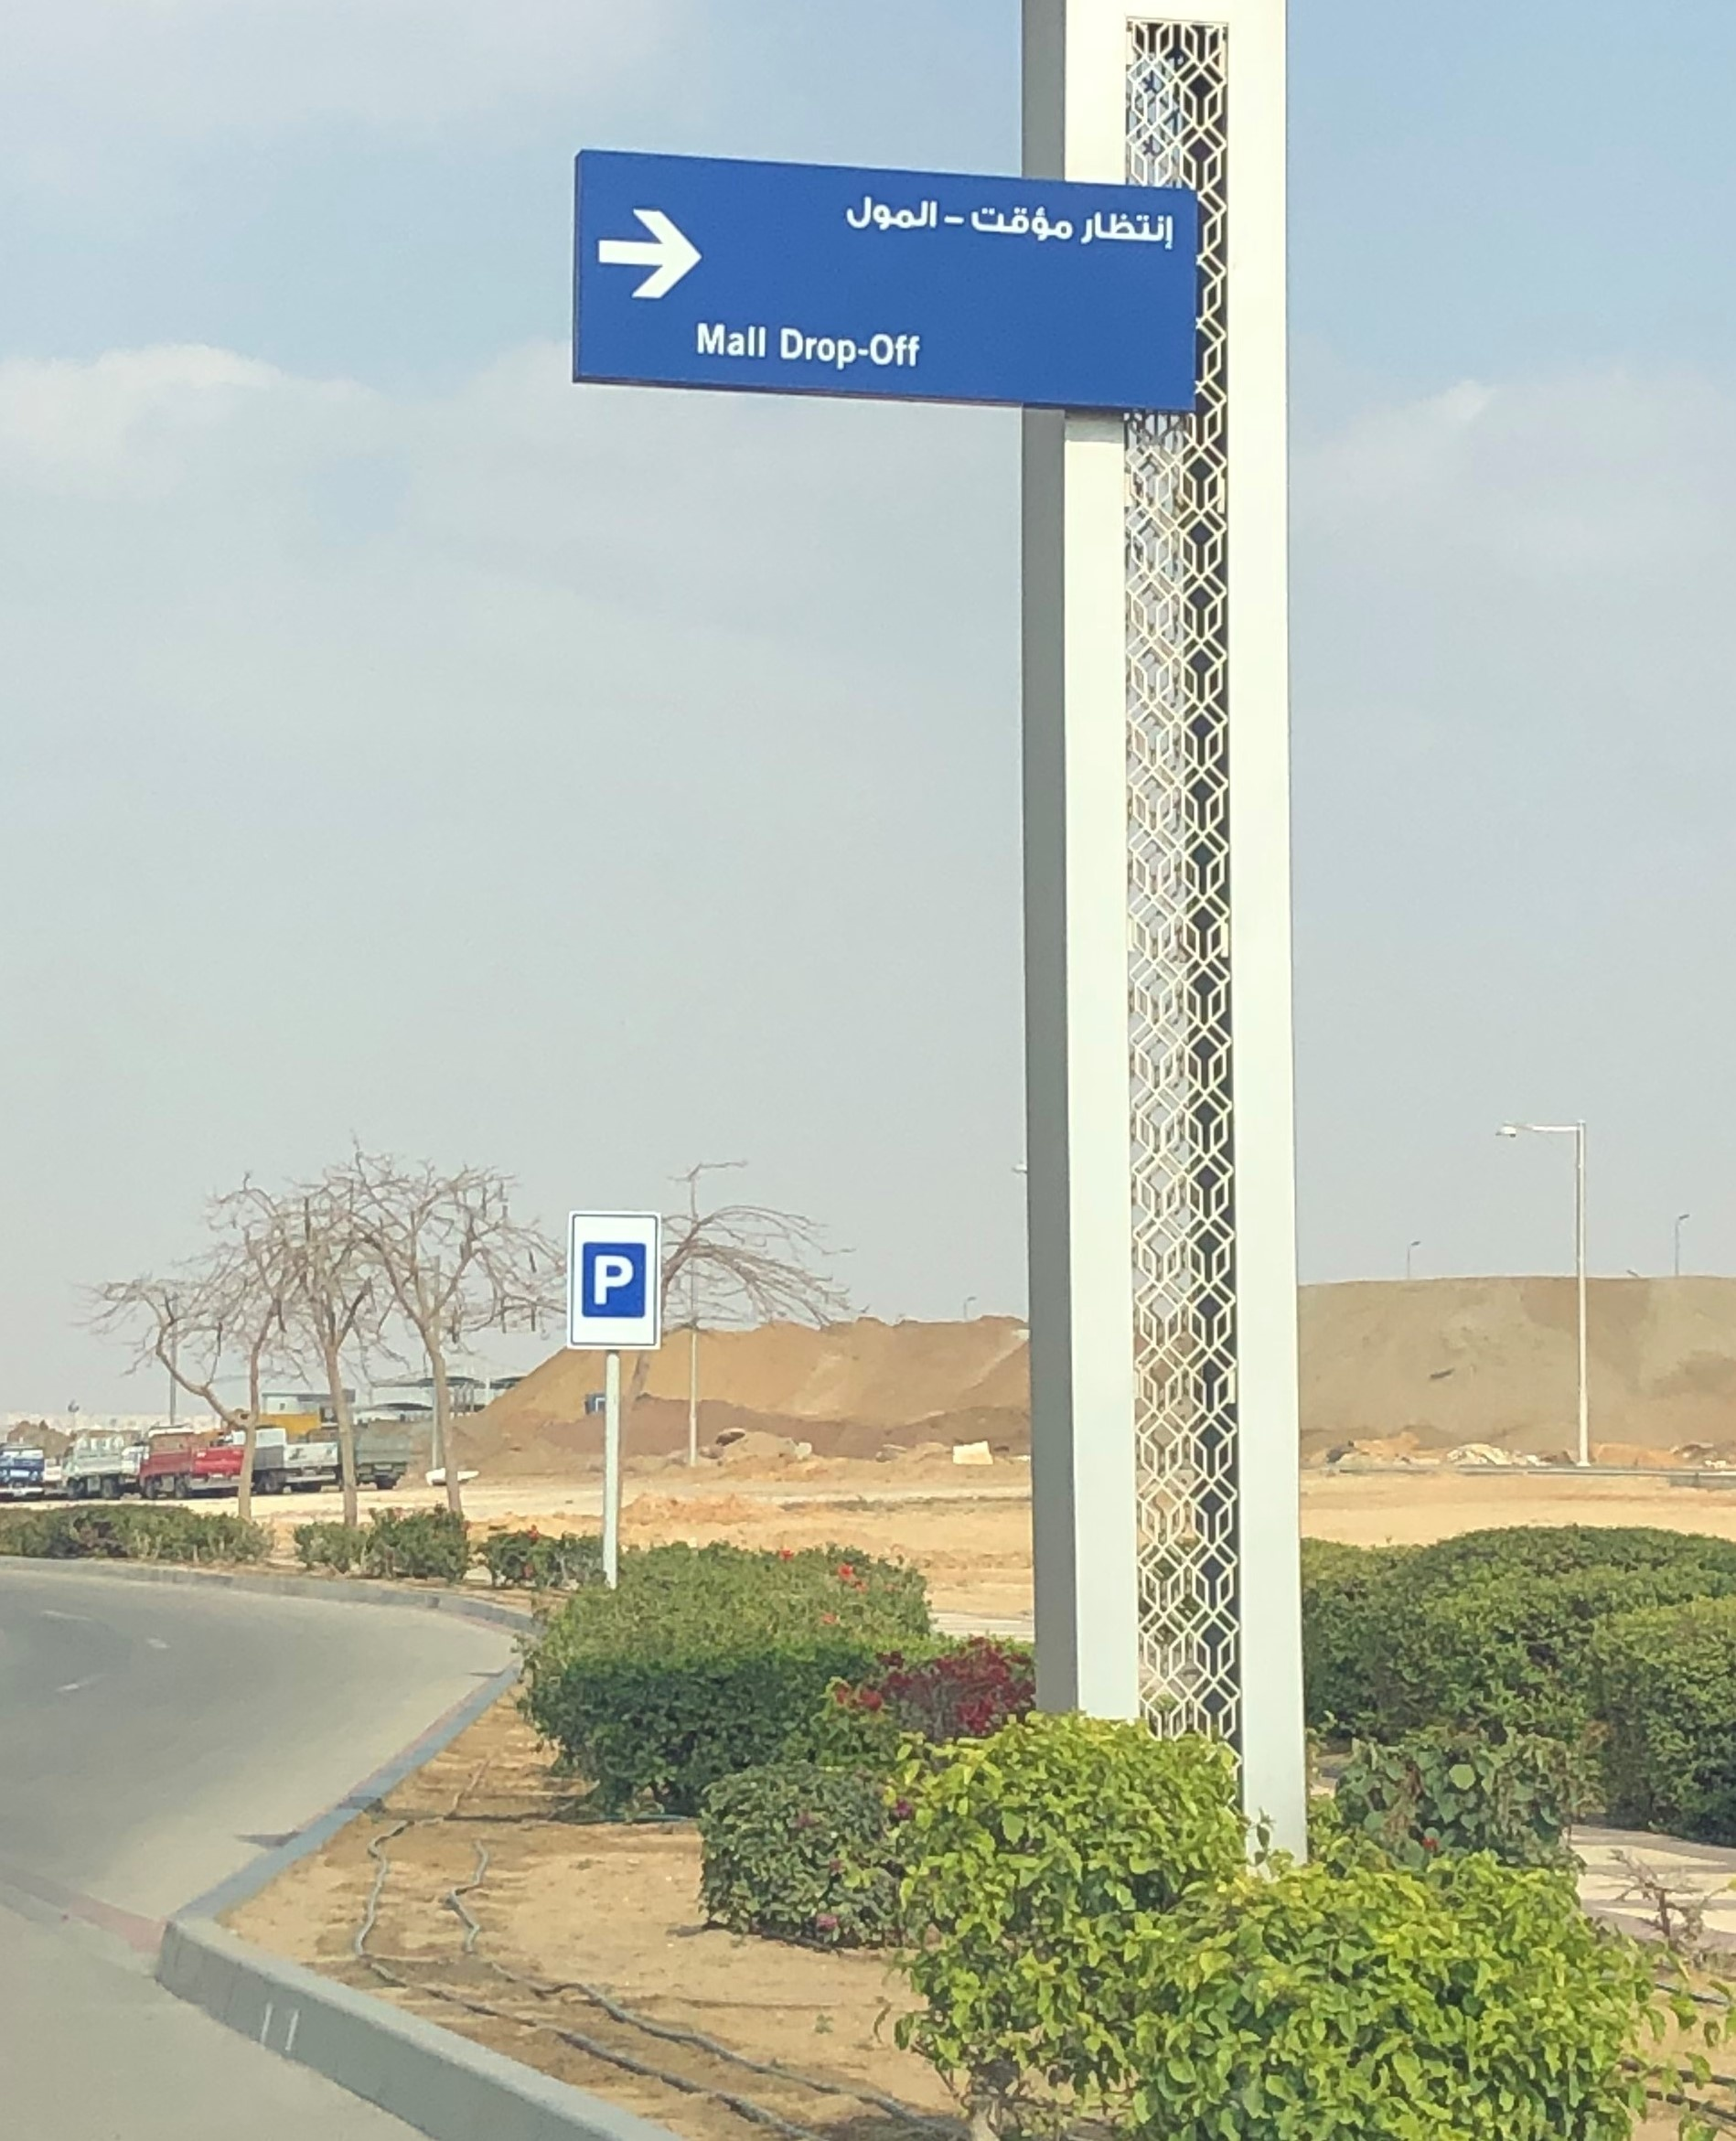
Text in image: المول مؤقت إنتظار Mall Drop-Off P